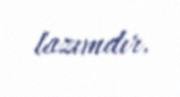
lazımdır.